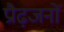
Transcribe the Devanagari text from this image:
प्रौढ़जनों